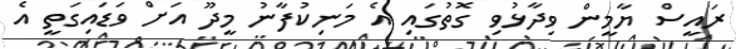
ރައީސް ޔާމީން ވިދާޅުވި ގޮތުގައި އެ މަނިކުފާނު މީދޫ އަށް ވަޑައިގަތީ އެ